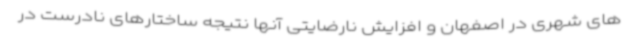
های شهری در اصفهان و افزایش نارضایتی آنها نتیجه ساختارهای نادرست در